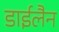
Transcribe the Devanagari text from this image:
डाईलैन